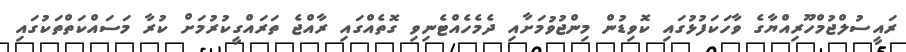
ރައީސުލްޖުމްހޫރިއްޔާގެ ވާހަކަފުޅުގައި ކޮވިޑުން މިންޖުވުމަށާއި ދެމެހެއްޓެނިވި ގޮތެއްގައި ރާއްޖެ ތަރައްގީކުރުމަށް ކުރާ މަސައްކަތްތަކުގައި